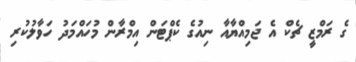
ގެ ރަމްޒީ ޗެކް އެ ޖަމިއްޔާއާ ނިއުގެ ކެޕްޓަން އިމްރާން މުހައްމަދު ހަވާލުކުރި